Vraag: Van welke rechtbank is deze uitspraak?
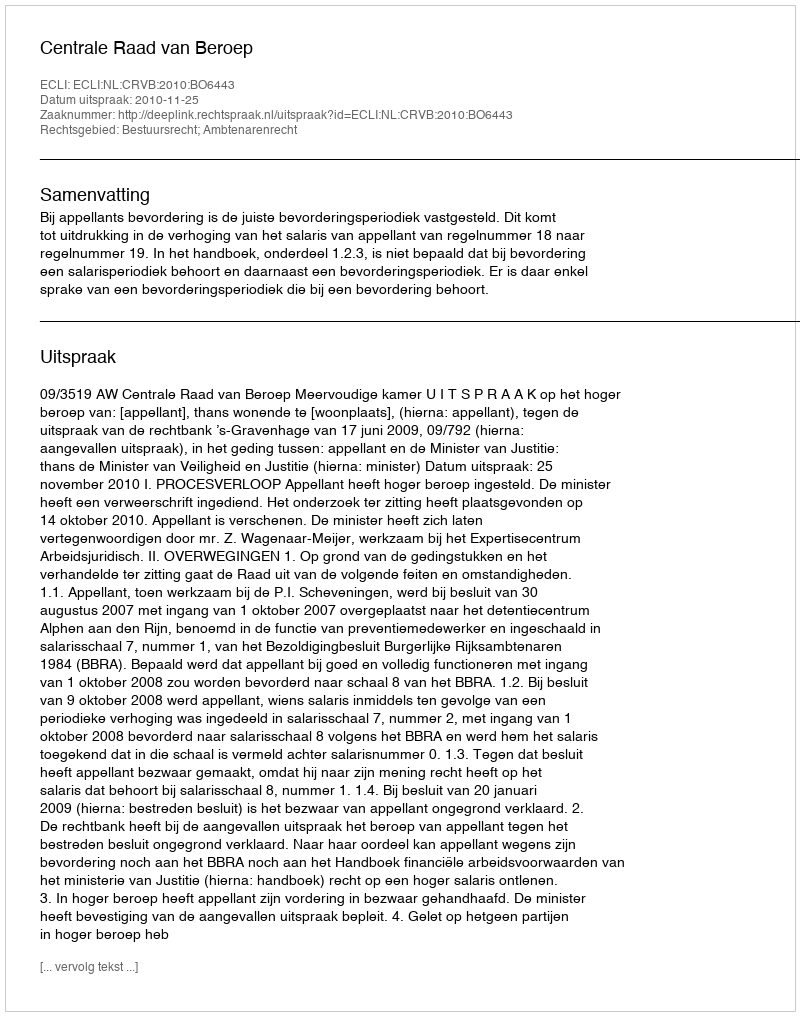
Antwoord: Centrale Raad van Beroep